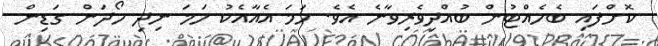
ކޮށްފައި ބެހެއްޓުން ބުއްދިވެރިވާނެ އެވެ. ހަމަ އެއާއެކު ހަމަ ނިދި ހޯދަން ގަޑިން